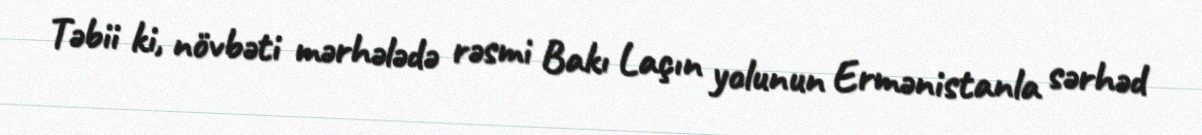
Təbii ki, növbəti mərhələdə rəsmi Bakı Laçın yolunun Ermənistanla sərhəd